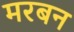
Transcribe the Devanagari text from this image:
मरबन